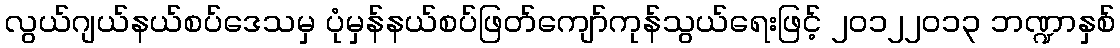
လွယ်ဂျယ်နယ်စပ်ဒေသမှ ပုံမှန်နယ်စပ်ဖြတ်ကျော်ကုန်သွယ်ရေးဖြင့် ၂၀၁၂၂၀၁၃ ဘဏ္ဍာနှစ်